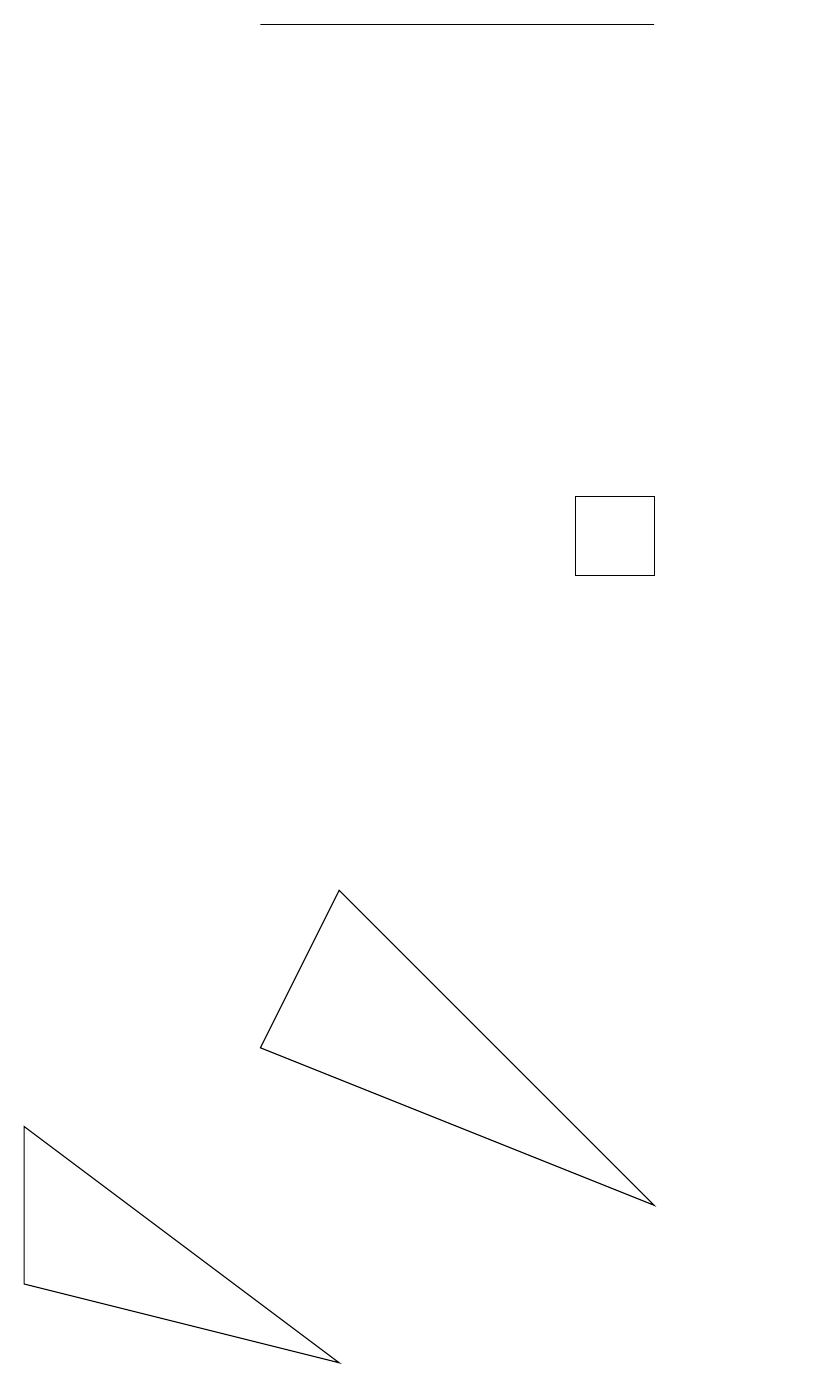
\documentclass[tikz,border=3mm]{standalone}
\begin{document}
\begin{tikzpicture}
\draw (10,10) circle (0);
\draw (7,11) rectangle (8,10);
\draw (3,17) rectangle (8,17);
\draw (4,6) -- (8,2) -- (3,4) -- cycle;
\draw (0,3) -- (0,1) -- (4,0) -- cycle;
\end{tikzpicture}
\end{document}